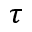
\tau